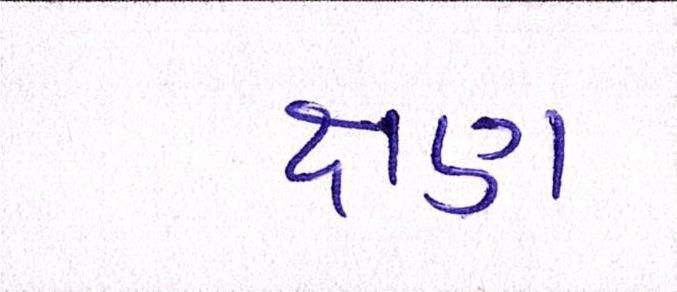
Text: ક્ષણ